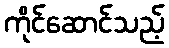
ကိုင်ဆောင်သည့်